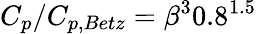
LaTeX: C_{p}/C_{p,Betz}=\beta^{3}0.8^{1.5}